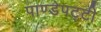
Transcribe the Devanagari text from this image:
पाण्डेपट्टी